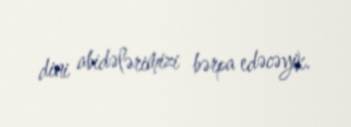
dini abidələrimizi bərpa edəcəyik.